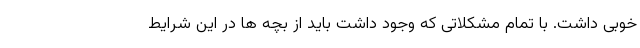
خوبی داشت. با تمام مشکلاتی که وجود داشت باید از بچه ها در این شرایط